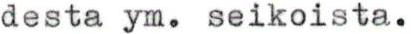
desta ym. seikoista.